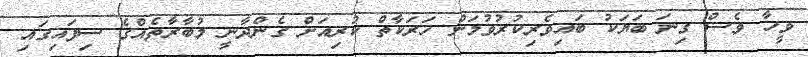
ވީހާ ވެސް ގިނަ ބަޔަކު ބައިވެރިކުރުވުމަށް ހަރަކާތް ކުރިއަށް ގެންދާނީ މުބާރާތެއްގެ ސިފައިގައި